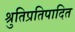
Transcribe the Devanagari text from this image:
श्रुतिप्रतिपादित